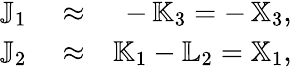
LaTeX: \begin{array}{rlr}{{\mathbb J}_{1}}&{{}\approx}&{-\, {\mathbb K}_{3}=-\, {\mathbb X}_{3},}\\ {{\mathbb J}_{2}}&{{}\approx}&{{\mathbb K}_{1}-{\mathbb L}_{2}={\mathbb X}_{1},}\end{array}